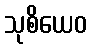
သုစိယေဝ